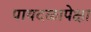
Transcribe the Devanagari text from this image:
पायदळापेक्षा